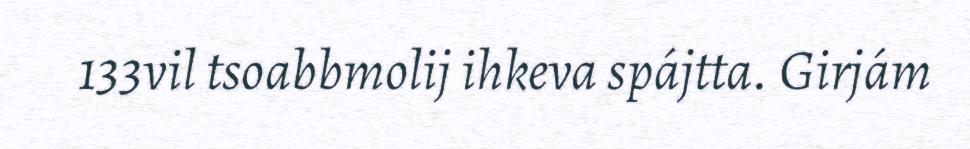
133vil tsoabbmolij ihkeva spájtta. Girjám